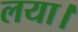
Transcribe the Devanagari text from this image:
लया।